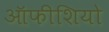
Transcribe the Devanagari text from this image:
ऑफीशियो